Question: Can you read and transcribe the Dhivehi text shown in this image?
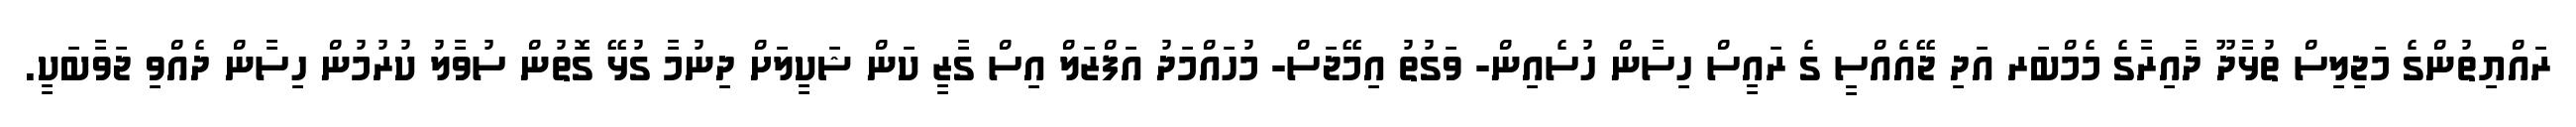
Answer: ރައްޔިތުންގެ މަޖިލިސް ތުޅާދޫ ދާއިރާގެ މެމްބަރ އަދި ޖޭއެއްސީ ގެ ރައީސް ހިސާން ހުސެއިން- ވަގުތު އިމޭޖަސް- މުހައްމަދު އަފްޒަލް އިސް ގާޒީ ކަން ޝަކީލަށް ދިނުމާ ގުޅޭ ގޮތުން ސުވާލު ކުރުމުން ހިސާން ދެއްވި ޖަވާބަކީ.